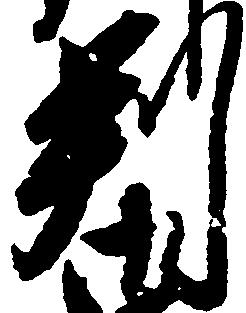
判